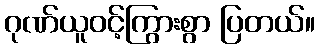
ဂုဏ်ယူဝင့်ကြွားစွာ ပြတယ်။